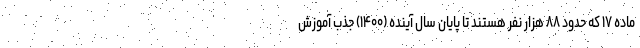
ماده ۱۷ که حدود ۸۸ هزار نفر هستند تا پایان سال آینده (۱۴۰۰) جذب آموزش